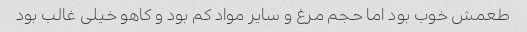
طعمش خوب بود اما حجم مرغ و سایر مواد کم بود و کاهو خیلی غالب بود